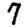
Digit: 7